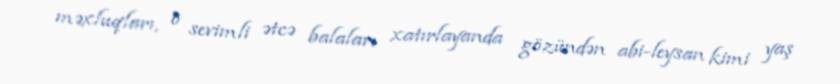
məxluqları, o sevimli ətcə balaları xatırlayanda gözündən abi-leysan kimi yaş